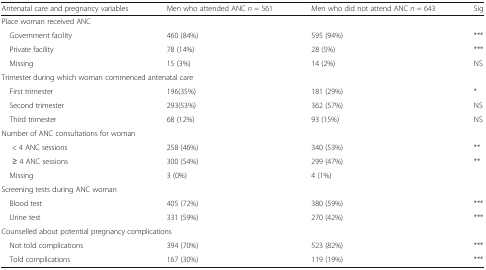
<table><thead><tr><td><b>Antenatal care and pregnancy variables</b></td><td><b>Men who attended ANC <i>n</i> = 561</b></td><td><b>Men who did not attend ANC <i>n</i> = 643</b></td><td><b>Sig</b></td></tr></thead><tbody><tr><td colspan="4">Place woman received ANC</td></tr><tr><td> Government facility</td><td>460 (84%)</td><td>595 (94%)</td><td>***</td></tr><tr><td> Private facility</td><td>78 (14%)</td><td>28 (5%)</td><td>***</td></tr><tr><td> Missing</td><td>15 (3%)</td><td>14 (2%)</td><td>NS</td></tr><tr><td colspan="4">Trimester during which woman commenced antenatal care</td></tr><tr><td> First trimester</td><td>196(35%)</td><td>181 (29%)</td><td>*</td></tr><tr><td> Second trimester</td><td>293(53%)</td><td>362 (57%)</td><td>NS</td></tr><tr><td> Third trimester</td><td>68 (12%)</td><td>93 (15%)</td><td>NS</td></tr><tr><td colspan="4">Number of ANC consultations for woman</td></tr><tr><td>&lt; 4 ANC sessions</td><td>258 (46%)</td><td>340 (53%)</td><td>**</td></tr><tr><td>≥ 4 ANC sessions</td><td>300 (54%)</td><td>299 (47%)</td><td>**</td></tr><tr><td> Missing</td><td>3 (0%)</td><td>4 (1%)</td><td></td></tr><tr><td colspan="4">Screening tests during ANC woman</td></tr><tr><td> Blood test</td><td>405 (72%)</td><td>380 (59%)</td><td>***</td></tr><tr><td> Urine test</td><td>331 (59%)</td><td>270 (42%)</td><td>***</td></tr><tr><td colspan="4">Counselled about potential pregnancy complications</td></tr><tr><td> Not told complications</td><td>394 (70%)</td><td>523 (82%)</td><td>***</td></tr><tr><td> Told complications</td><td>167 (30%)</td><td>119 (19%)</td><td>***</td></tr></tbody></table>